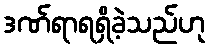
ဒဏ်ရာရရှိခဲ့သည်ဟု